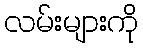
လမ်းများကို